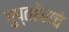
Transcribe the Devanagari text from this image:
गुप्तहेराचे